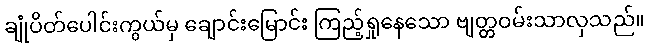
ချုံပိတ်ပေါင်းကွယ်မှ ချောင်းမြောင်း ကြည့်ရှုနေသော ဗျတ္တဝမ်းသာလှသည်။